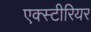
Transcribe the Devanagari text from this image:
एक्स्टीरियर